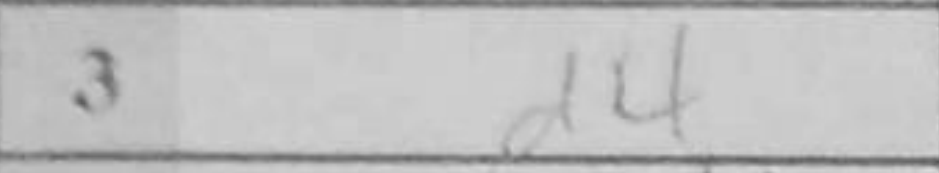
Transcription: d5